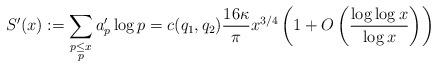
LaTeX: \begin{align*}S'(x) := \sum_{\substack{p\leq x\\p}}a'_p\log p = c(q_1, q_2)\frac{16\kappa}{\pi} x^{3/4}\left(1+O\left(\frac{\log\log x}{\log x}\right)\right)\end{align*}